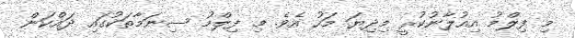
މި ފިލްމު އިއުލާނުކުރީ މިދިޔަ މަހު އެވެ. މި ފިލްމު ސިނަމާތަކުގައި ދައްކަން